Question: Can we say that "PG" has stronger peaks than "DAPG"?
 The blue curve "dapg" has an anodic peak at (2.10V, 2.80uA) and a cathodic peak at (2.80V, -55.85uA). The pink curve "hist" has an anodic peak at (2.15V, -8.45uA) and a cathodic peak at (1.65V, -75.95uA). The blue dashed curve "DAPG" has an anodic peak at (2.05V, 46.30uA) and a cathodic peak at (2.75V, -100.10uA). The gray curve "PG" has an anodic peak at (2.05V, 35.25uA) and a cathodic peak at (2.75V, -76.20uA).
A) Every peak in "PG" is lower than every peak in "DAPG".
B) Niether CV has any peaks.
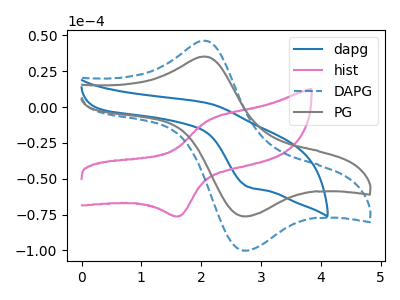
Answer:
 <answer>A) Every peak in "PG" is lower than every peak in "DAPG".</answer>
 <eval>A</eval>